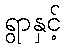
ရွာနှင့်